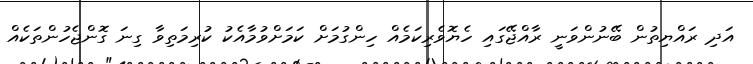
އަދި ރައްޔިތުން ބޭނުންވަނީ ރާއްޖޭގައި ހެޔޮވެރިކަމެއް ހިންގުމަށް ކަމަށްވުމާއެކު ކުރިމަތިވާ ގިނަ ގޮންޖެހުންތަކެއް